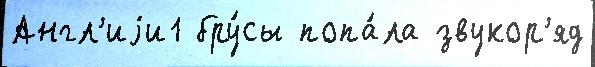
Англ'иjи1 бру́сы попа́ла звукор'яд